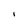
Character: l